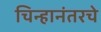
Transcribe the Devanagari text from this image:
चिन्हानंतरचे